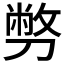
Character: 𠟈